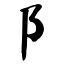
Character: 阝